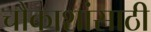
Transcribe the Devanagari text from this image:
चौकाशांसाठी